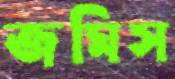
জমিস